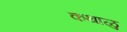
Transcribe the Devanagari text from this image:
कथाळु